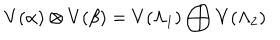
LaTeX: V ( \alpha ) \otimes V ( \beta ) = V ( \Lambda _ { 1 } ) \bigoplus V ( \Lambda _ { 2 } )